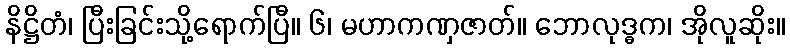
နိဋ္ဌိတံ၊ ပြီးခြင်းသို့ရောက်ပြီ။ ၆၊ မဟာကဏှဇာတ်။ ဘောလုဒ္ဓက၊ အိုလူဆိုး။